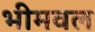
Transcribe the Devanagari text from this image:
भीमवल